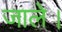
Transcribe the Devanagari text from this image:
जाले।